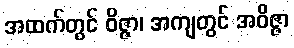
အထက်တွင် ဝိဇ္ဇာ၊ အကျတွင် အဝိဇ္ဇာ